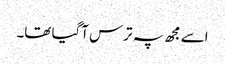
اسے مجھ پہ ترس آگیا تھا۔